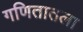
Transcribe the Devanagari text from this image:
गणितातला